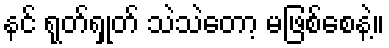
နင် ရုတ်ရှုတ် သဲသဲတော့ မဖြစ်စေနဲ့။